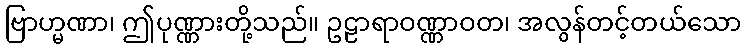
ဗြာဟ္မဏာ၊ ဤပုဏ္ဏားတို့သည်။ ဥဠာရာဝဏ္ဏာဝတ၊ အလွန်တင့်တယ်သော